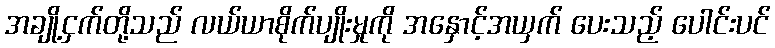
အချို့ငှက်တို့သည် လယ်ယာစိုက်ပျိုးမှုကို အနှောင့်အယှက် ပေးသည့် ပေါင်းပင်